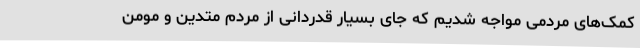
کمک‌های مردمی مواجه شدیم که جای بسیار قدردانی از مردم متدین و مومن